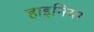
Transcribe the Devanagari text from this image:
हाइनिया